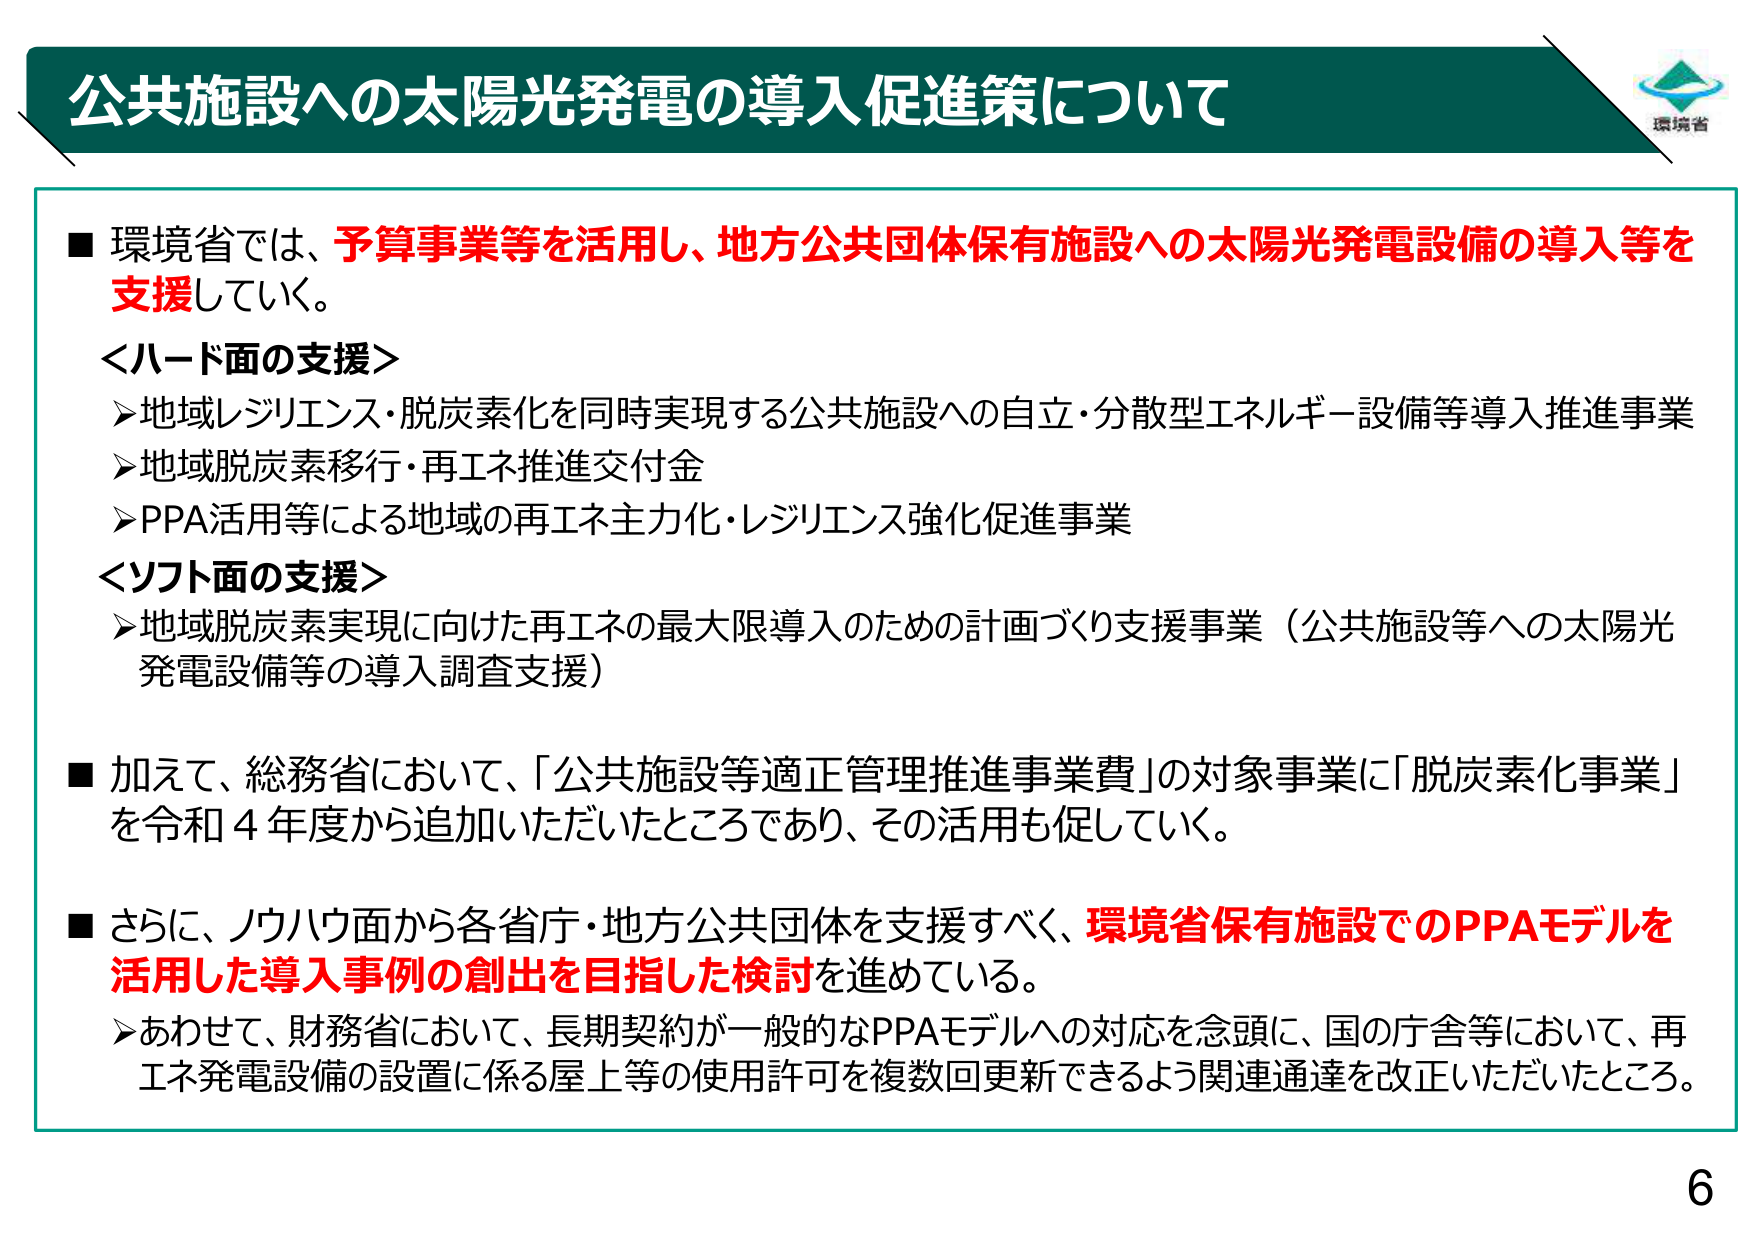
公共施設への太陽光発電の導入促進策について

■ 環境省では、予算事業等を活用し、地方公共団体保有施設への太陽光発電設備の導入等を支援していく。

＜ハード面の支援＞
▶ 地域レジリエンス・脱炭素化を同時実現する公共施設への自立・分散型エネルギー設備等導入推進事業
▶ 地域脱炭素移行・再エネ推進交付金
▶ PPA活用等による地域の再エネ主力化・レジリエンス強化促進事業

＜ソフト面の支援＞
▶ 地域脱炭素実現に向けた再エネの最大限導入のための計画づくり支援事業（公共施設等への太陽光発電設備等の導入調査支援）

■ 加えて、総務省において、「公共施設等適正管理推進事業費」の対象事業に「脱炭素化事業」を令和４年度から追加いただいたところであり、その活用も促していく。

■ さらに、ノウハウ面から各省庁・地方公共団体を支援すべく、環境省保有施設でのPPAモデルを活用した導入事例の創出を目指した検討を進めている。
▶ あわせて、財務省において、長期契約が一般的なPPAモデルへの対応を念頭に、国の庁舎等において、再エネ発電設備の設置に係る屋上等の使用許可を複数回更新できるよう関連通達を改正いただいたところ。

6